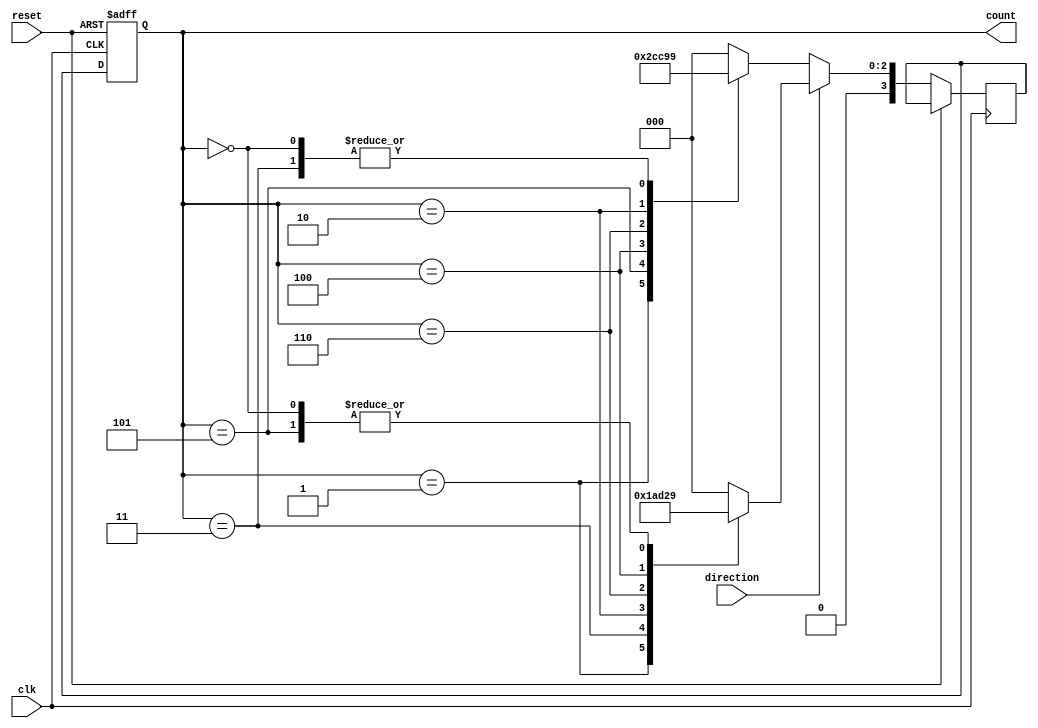
module GrayCounter(
    input wire clk,
    input wire reset,
    input wire direction,
    output reg [3:0] count
);

reg [3:0] next_count;

always @(posedge clk or posedge reset) begin
    if (reset) begin
        count <= 4'b0000;
    end else begin
        if (direction) begin
            case(count)
                4'b0000: next_count <= 4'b0001;
                4'b0001: next_count <= 4'b0011;
                4'b0011: next_count <= 4'b0010;
                4'b0010: next_count <= 4'b0110;
                4'b0110: next_count <= 4'b0100;
                4'b0100: next_count <= 4'b0101;
                4'b0101: next_count <= 4'b0001;
                default: next_count <= 4'b0000;
            endcase
        end else begin
            case(count)
                4'b0000: next_count <= 4'b0001;
                4'b0001: next_count <= 4'b0101;
                4'b0101: next_count <= 4'b0100;
                4'b0100: next_count <= 4'b0110;
                4'b0110: next_count <= 4'b0010;
                4'b0010: next_count <= 4'b0011;
                4'b0011: next_count <= 4'b0001;
                default: next_count <= 4'b0000;
            endcase
        end
        count <= next_count;
    end
end

endmodule